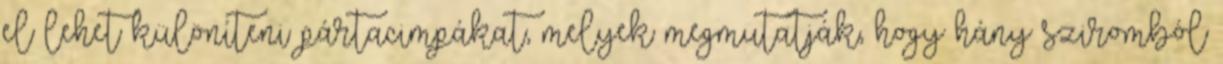
el lehet különíteni pártacimpákat, melyek megmutatják, hogy hány sziromból